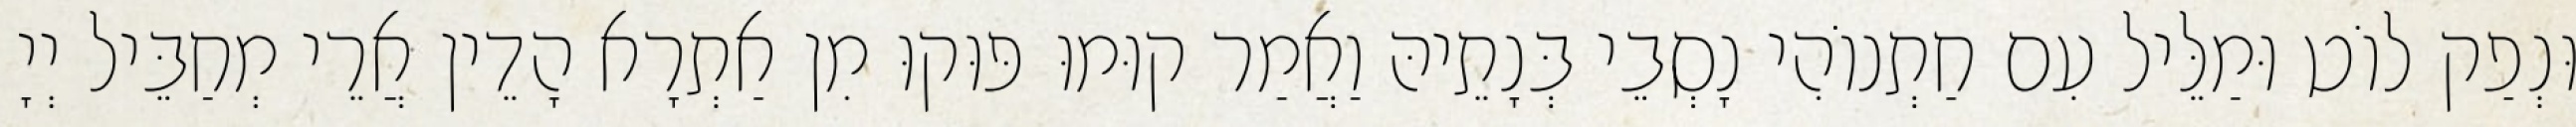
וּנְפַק לוֹט וּמַלֵּיל עִם חַתְנוֹהִי נָסְבֵי בְּנָתֵיהּ וַאֲמַר קוּמוּ פּוּקוּ מִן אַתְרָא הָדֵין אֲרֵי מְחַבֵּיל יְיָ